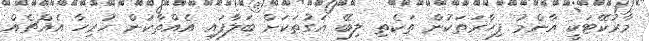
މާރުކޭޓަކީ އާންމު ފިހާރަތަކުން ތަކެތި ލިބޭ އަގުތަކަށް ބަލާފައި އެއްތާކުން ހުރިހާ އެއްޗެއް